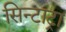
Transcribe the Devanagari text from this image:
सिन्टाट्रा